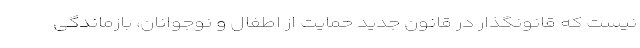
نیست که قانونگذار در قانون جدید حمایت از اطفال و نوجوانان، بازماندگی